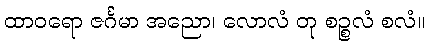
ထာဝရော ဇင်္ဂမာ အညော၊ လောလံ တု စဉ္စလံ စလံ။